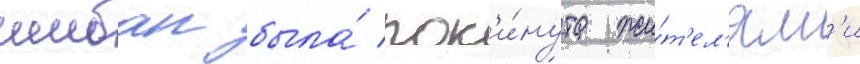
шибан была́ пок'и́нута жи́т'ел'ям'и